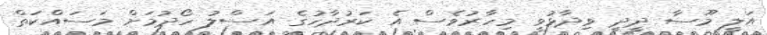
އަލީ މޫސާ ދީދީ ވިދާޅުވީ މިހާރުވެސް އެ ކަރުދާހުގެ އަސްލު ހޯދުމަށް މަސައްކަތް